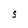
Character: S